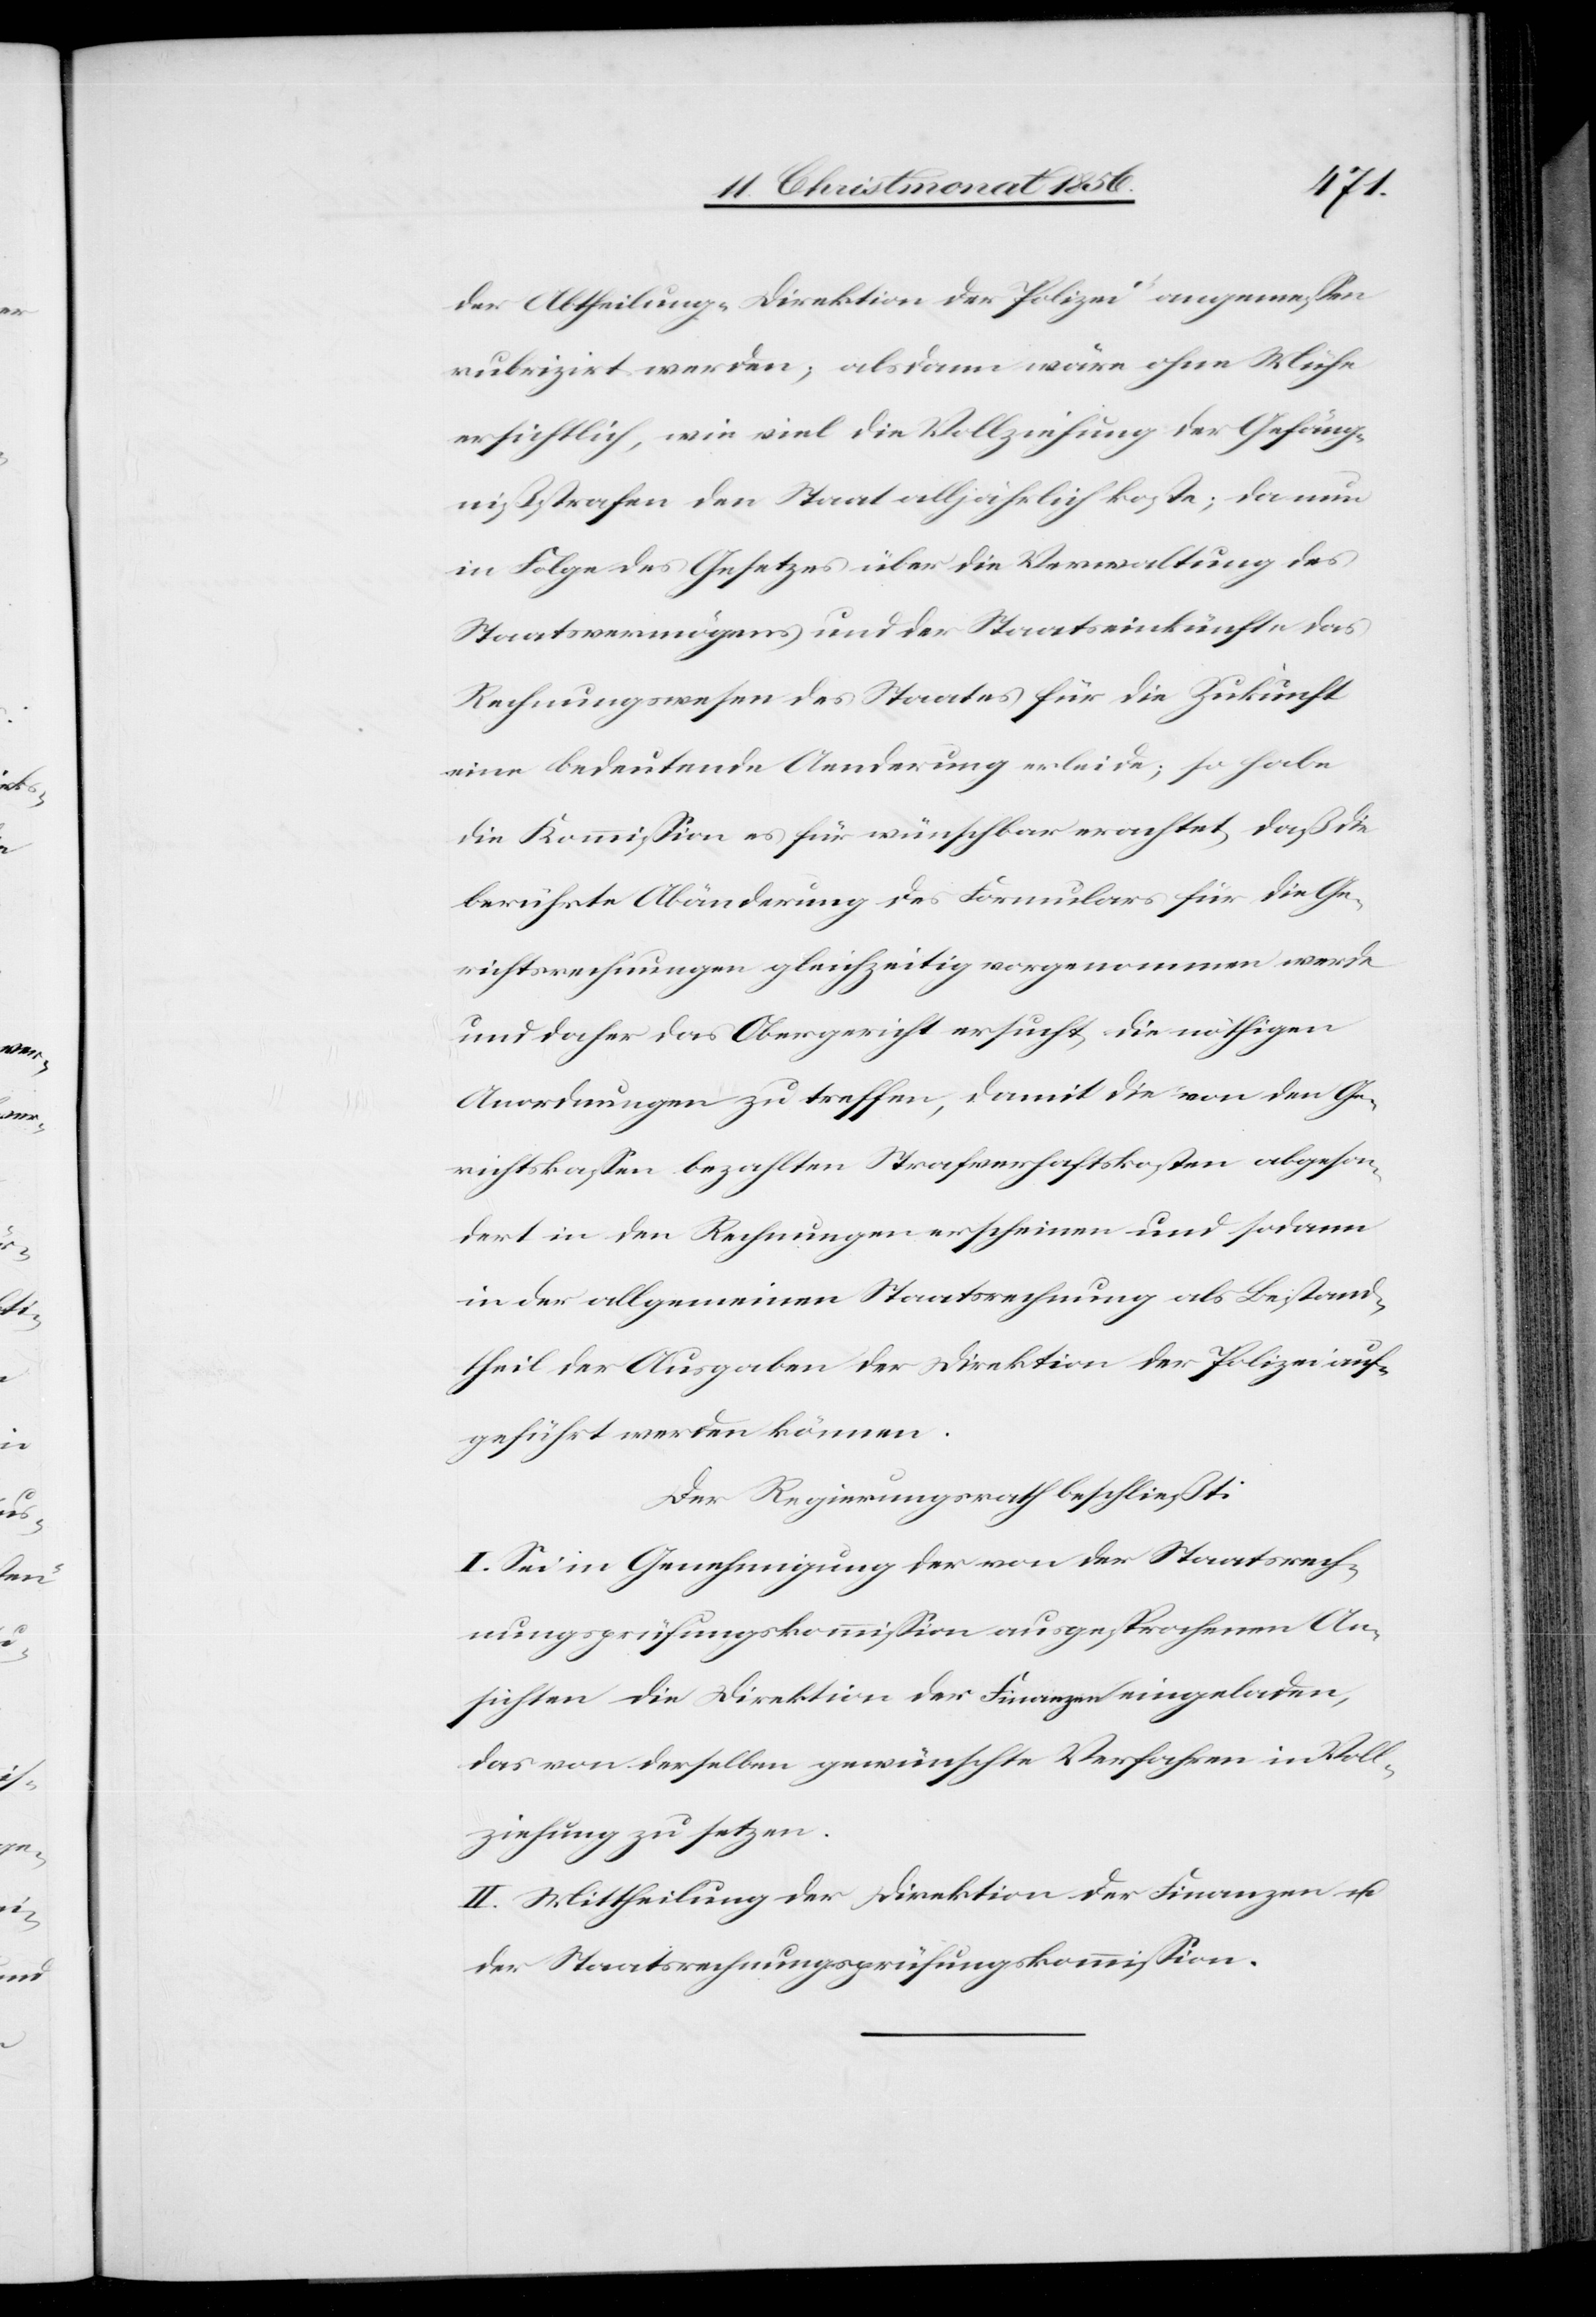
der Abtheilung „Direktion der Polizei“ angemessen
rubrizirt werden; alsdann wäre ohne Mühe
ersichtlich, wie viel die Vollziehung der Gefäng¬
nißstrafen den Staat alljährlich koste; da nun
in Folge des Gesetzes über die Verwaltung des
Staatsvermögens und der Staatseinkünfte das
Rechnungswesen des Staates für die Zukunft
eine bedeutende Aenderung erleide; so habe
die Kommission es für wünschbar erachtet, daß die
berührte Abänderung des Formulars für die Ge¬
richtsrechnungen gleichzeitig vorgenommen werde
und daher das Obergericht ersucht, die nöthigen
Anordnungen zu treffen, damit die von den Ge¬
richtskassen bezahlten Strafverhaftskosten abgeson¬
dert in den Rechnungen erscheinen und sodann
in der allgemeinen Staatsrechnung als Bestand¬
theil der Ausgaben der Direktion der Polizei auf¬
geführt werden können.
Der Regierungsrath beschließt:
I. Sei in Genehmigung der von der Staatsrech¬
nungsprüfungskommission ausgesprochenen An¬
sichten die Direktion der Finanzen eingeladen,
das von derselben gewünschte Verfahren in Voll¬
ziehung zu setzen.
II. Mittheilung der Direktion der Finanzen u.
der Staatsrechnungsprüfungskommission.